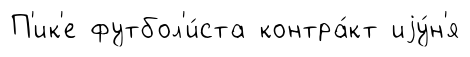
П'ик'е футбол'и́ста контра́кт иjу́н'я